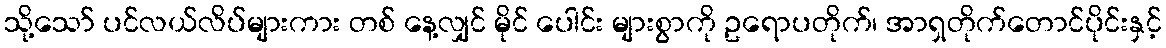
သို့သော် ပင်လယ်လိပ်များကား တစ် နေ့လျှင် မိုင် ပေါင်း များစွာကို ဥရောပတိုက်၊ အာရှတိုက်တောင်ပိုင်းနှင့်